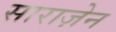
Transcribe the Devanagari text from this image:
साराज़ेन